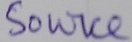
Text: Source